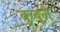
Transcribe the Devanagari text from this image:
कुबूले